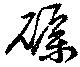
礪